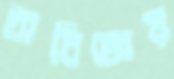
অবিজ্ঞেয়